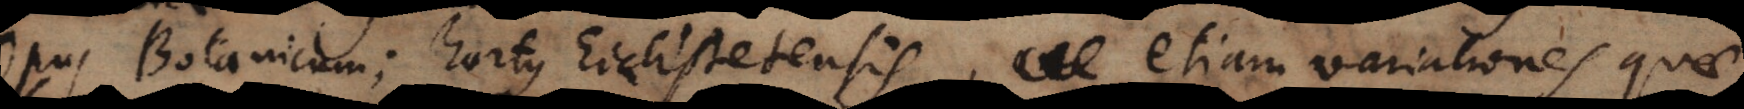
Opus Botanicum; hortus Eichstetensis, etiam variationes quae